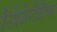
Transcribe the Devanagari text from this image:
रिप्रेजेन्टेटिव्स